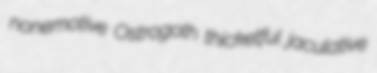
nonemotive Ostrogoth thicketful jaculative